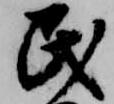
民